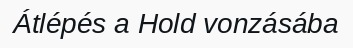
Átlépés a Hold vonzásába